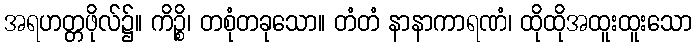
အရဟတ္တဖိုလ်၌။ ကိဉ္စိ၊ တစုံတခုသော။ တံတံ နာနာကာရဏံ၊ ထိုထိုအထူးထူးသော